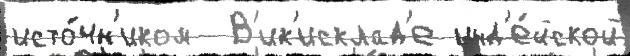
исто́чн'иком  В'ик'исклад'е инд'е́йской